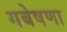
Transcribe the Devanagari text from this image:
गबेषणा